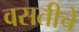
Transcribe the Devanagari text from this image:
वसतीचे